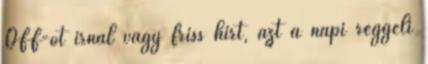
OFF-ot írnál vagy friss hírt, azt a napi reggeli